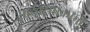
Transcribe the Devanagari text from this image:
साखरपाकाचा